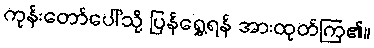
ကုန်းတော်ပေါ်သို့ ပြန်ရွှေ့ရန် အားထုတ်ကြ၏။